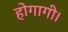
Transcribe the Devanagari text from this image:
होगागी।